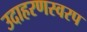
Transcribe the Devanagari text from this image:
उदाहरणस्वरप